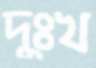
দুঃখ